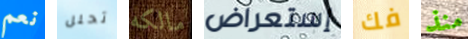
نعم تحلل مالكه إستعراض فك منذ